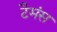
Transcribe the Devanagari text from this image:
टैमंस